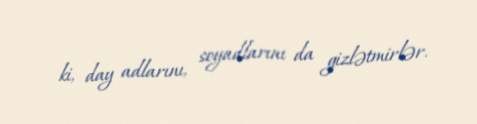
ki, day adlarını, soyadlarını da gizlətmirlər.